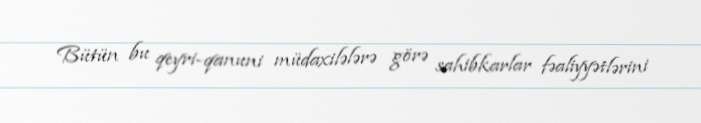
Bütün bu qeyri-qanuni müdaxilələrə görə sahibkarlar fəaliyyətlərini